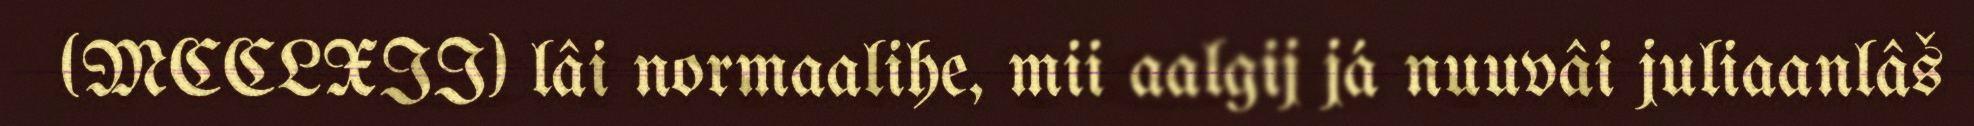
(MCCLXII) lâi normaalihe, mii aalgij já nuuvâi juliaanlâš